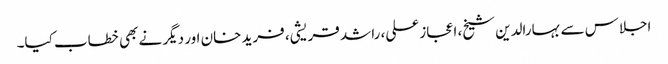
اجلاس سے بہارالدین شیخ، اعجاز علی، راشد قریشی، فرید خان اور دیگر نے بھی خطاب کیا۔